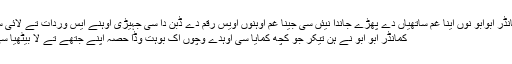
کمانڈر ابوابو نوں اینا غم ساتھیاں دے پھڑے جاندا نیئں سی جینا غم اوہنوں اویس رقم دے ڈُبن دا سی جہیڑی اوہنے ایس وردات تے لائی سی
کمانڈر ابو ابو نے ہن تیکر جو کچھ کمایا سی اوہدے وچوں اک بوہت وڈا حصہ اپنے جتھے تے لا بیٹھیا سی ۔